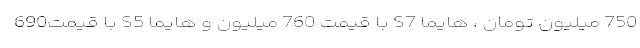
750 میلیون تومان ، هایما S7 با قیمت 760 میلیون و هایما S5 با قیمت690